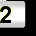
Digit: 2